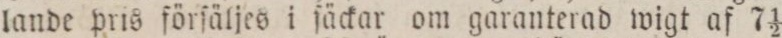
lande pris förſäljes i ſäckar om garanterad wigt af 7 1/2